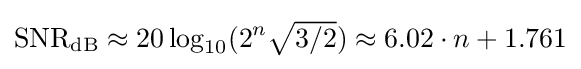
\mathrm {SNR_{dB}} \approx 20\log _{10}(2^{n}{\textstyle {\sqrt {3/2}}})\approx 6.02\cdot n+1.761